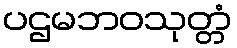
ပဌမဘဝသုတ္တံ